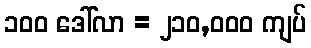
၁၀၀ ဒေါ်လာ = ၂၁၀,၀၀၀ ကျပ်